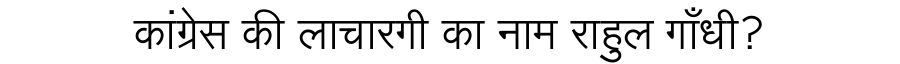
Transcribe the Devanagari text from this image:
कांग्रेस की लाचारगी का नाम राहुल गाँधी?